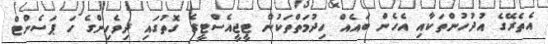
އެތެރޭގެ އުދުހުންތަކާއި އެހެން ބައެއް ހިދުމަތްތަކުން ޓީޖީއެސްޓީގެ ގޮތުގައި ދިވެހިންގެ ހަ ޕަސެންޓް